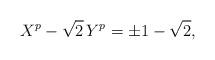
LaTeX: \begin{align*} X^p - \sqrt{2} \, Y^p = \pm 1 - \sqrt{2},\end{align*}